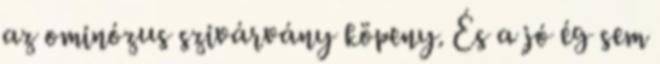
az ominózus szivárvány köpeny. És a jó ég sem